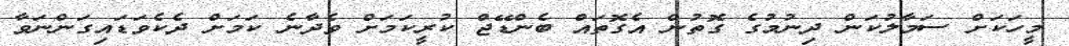
މީހަކަށް ސަމާލުކަން ދިނުމުގެ ގޮތުން އެގޮތައް ބެންޑޭޖް ކުރީކަމަށް ވެދާނެ ކަމަށް ދެކެވަޑައިގަންނަވާ